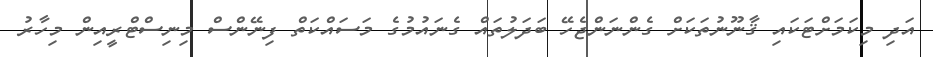
އަދި މިކަމަށްޓަކައި ޤާނޫނުތަކަށް ގެންނަންޖެހޭ ބަދަލުތައް ގެނައުމުގެ މަސައްކަތް ފިނޭންސް މިނިސްޓްރީއިން މިހާރު